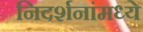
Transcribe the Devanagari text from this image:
निदर्शनांमध्ये